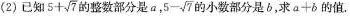
(2)已知$$5 + \sqrt { 7 }$$的整数部分是a， $$5 - \sqrt { 7 }$$的小数部分是b，求$$a + b$$的值.